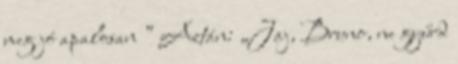
meg jó apalosan ” Aztán: „Jaj, Bruno, ne gyűrd